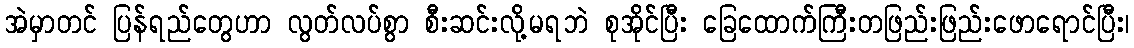
အဲမှာတင် ပြန်ရည်တွေဟာ လွတ်လပ်စွာ စီးဆင်းလို့မရဘဲ စုအိုင်ပြီး ခြေထောက်ကြီးတဖြည်းဖြည်းဖောရောင်ပြီး၊